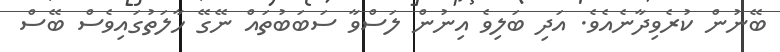
ބޭނުން ކުރެވިދާނެއެވެ. އަދި ބަލިވެ އިނުން ލަސްވާ ސަބަބުތައް ނޭގޭ ހާލަތުގައިވެސް ބޭސް